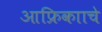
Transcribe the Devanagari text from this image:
आफ्रिकााचे